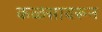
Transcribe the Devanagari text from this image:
कळसावरून